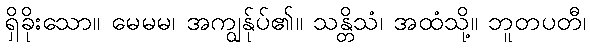
ရှိခိုးသော။ မေမမ၊ အကျွန်ုပ်၏။ သန္တိသံ၊ အထံသို့။ ဘူတပတီ၊